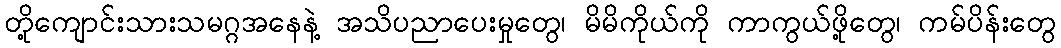
တို့ကျောင်းသားသမဂ္ဂအနေနဲ့ အသိပညာပေးမှုတွေ၊ မိမိကိုယ်ကို ကာကွယ်ဖို့တွေ၊ ကမ်ပိန်းတွေ